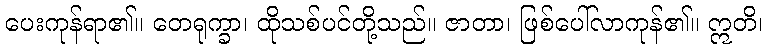
ပေးကုန်ရာ၏။ တေရုက္ခာ၊ ထိုသစ်ပင်တို့သည်။ ဇာတာ၊ ဖြစ်ပေါ်လာကုန်၏။ ဣတိ၊